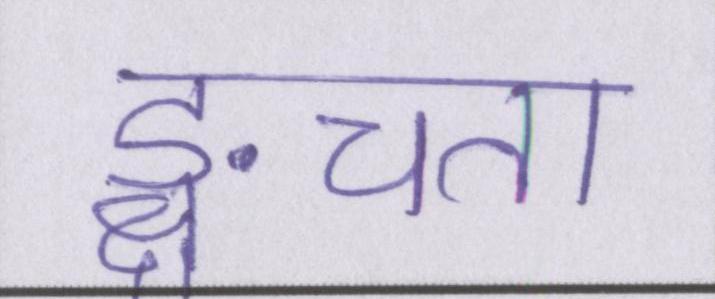
ङ्क्षचता